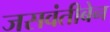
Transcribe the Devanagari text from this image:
जसवंतीबेन